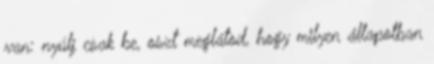
van: nyúlj csak be, oszt meglátod, hogy milyen állapotban